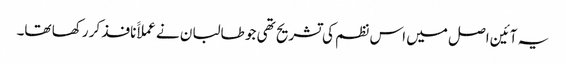
یہ آئین اصل میں اس نظم کی تشریح تھی جو طالبان نے عملاََ نافذ کر رکھا تھا۔